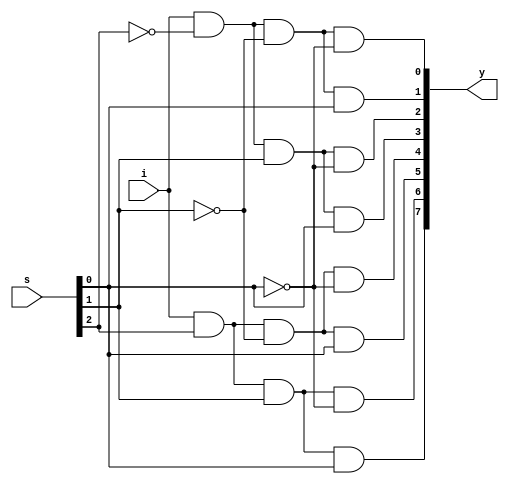
module mux8_1(y,i,s);
output[7:0]y;
input i;
input[2:0]s;
wire w2,w1,w0;
not(w2,s[2]);
not(w1,s[1]);
not(w0,s[0]);
and(y[0],i,w2,w1,w0);
and(y[1],i,w2,w1,s[0]);
and(y[2],i,w2,s[1],w0);
and(y[3],i,w2,s[1],s[0]);
and(y[4],i,s[2],w1,w0);
and(y[5],i,s[2],w1,s[0]);
and(y[6],i,s[2],s[1],w0);
and(y[7],i,s[2],s[1],s[0]);
endmodule